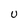
Character: U